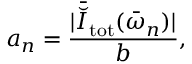
a _ { n } = \frac { | \bar { \breve { I } } _ { \mathrm { t o t } } ( \bar { \omega } _ { n } ) | } { b } ,